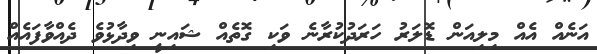
އަނެއް އެއް މިލިއަން ޑޮލަރު ހަރަދުކުރާނެ ވަކި ގޮތެއް ޝައިނީ ވިދާޅުވެ ދެއްވާފައެއް